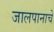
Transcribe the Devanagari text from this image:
जालपानाचे